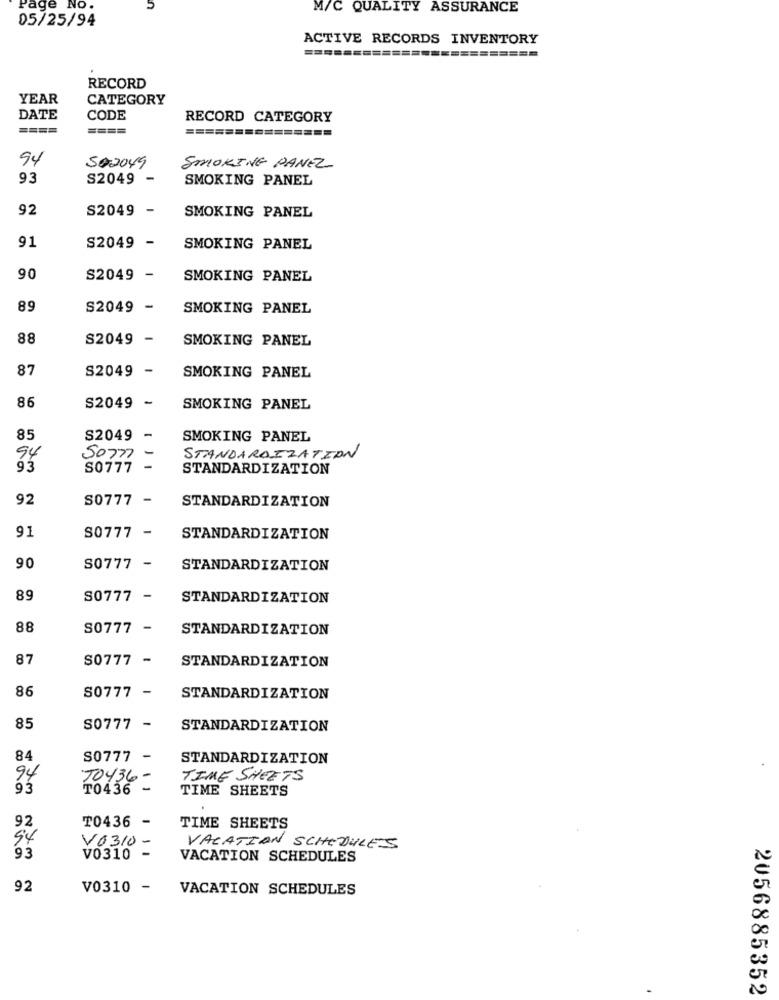
Page
NO
M/C QUALITY ASSURANCE
05/25/94
ACTIVE RECORDS INVENTORY
RECORD
YEAR
CATEGORY
DATE
CODE
RECORD CATEGORY
====
===============
94
502049
SMOKING PANEL
93
S2049
-
SMOKING PANEL
92
S2049 -
SMOKING PANEL
91
S2049 -
SMOKING PANEL
90
S2049 -
SMOKING PANEL
89
S2049 -
SMOKING PANEL
88
S2049 -
SMOKING PANEL
87
S2049 -
SMOKING PANEL
86
S2049 -
SMOKING PANEL
85
S2049 -
SMOKING PANEL
94
50777
STANDARDIZATION
93
S0777
-
STANDARDIZATION
92
S0777 -
STANDARDIZATION
91
S0777 -
STANDARDIZATION
90
S0777 -
STANDARDIZATION
89
S0777 -
STANDARDIZATION
88
S0777 -
STANDARDIZATION
87
$0777 -
STANDARDIZATION
86
S0777 -
STANDARDIZATION
85
S0777 -
STANDARDIZATION
84
S0777
-
STANDARDIZATION
94
TO436 -
TIME SHEETS
93
T0436 -
TIME SHEETS
92
T0436 -
TIME SHEETS
94
V0310-
VACATION SCHEDULES.
93
V0310 -
VACATION SCHEDULES
92
V0310 -
VACATION SCHEDULES
2056885352